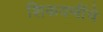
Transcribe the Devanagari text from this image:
शिकवणींचे